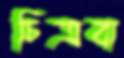
চিত্রবা